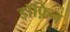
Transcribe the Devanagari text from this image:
डॉफ़िन